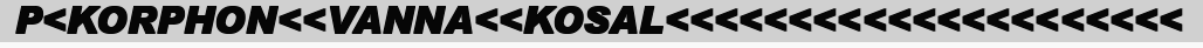
P<KORPHON<<VANNA<<KOSAL<<<<<<<<<<<<<<<<<<<<<